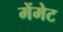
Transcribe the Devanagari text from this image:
मेंमेट